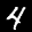
Label: 4